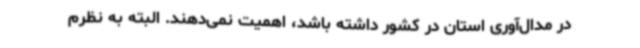
در مدال‌آوری استان در کشور داشته باشد، اهمیت نمی‌دهند. البته به نظرم